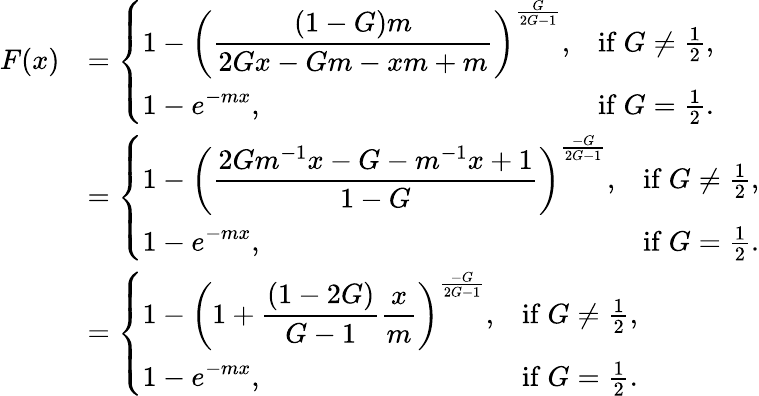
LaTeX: \begin{array}{rl}{F(x)}&{=\left\{ \begin{array}{ll}{\displaystyle 1-\left(\frac{(1-G)m}{2Gx-Gm-xm+m}\right)^{\frac{G}{2G-1}},}&{\mathrm{if~}G\neq\frac{1}{2},}\\ {\displaystyle 1-e^{-mx},}&{\mathrm{if~}G=\frac{1}{2}.}\end{array}\right.}\\ &{=\left\{ \begin{array}{ll}{\displaystyle 1-\left(\frac{2Gm^{-1}x-G-m^{-1}x+1}{1-G}\right)^{\frac{-G}{2G-1}},}&{\mathrm{if~}G\neq\frac{1}{2},}\\ {\displaystyle 1-e^{-mx},}&{\mathrm{if~}G=\frac{1}{2}.}\end{array}\right.}\\ &{=\left\{ \begin{array}{ll}{\displaystyle 1-\left(1+\frac{(1-2G)}{G-1}\frac{x}{m}\right)^{\frac{-G}{2G-1}},}&{\mathrm{if~}G\neq\frac{1}{2},}\\ {\displaystyle 1-e^{-mx},}&{\mathrm{if~}G=\frac{1}{2}.}\end{array}\right.}\end{array}